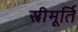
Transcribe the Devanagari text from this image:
स्त्रीमूर्ति